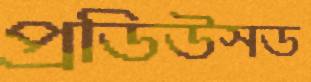
প্রডিউসড